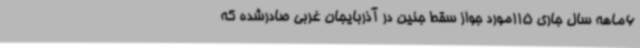
6ماهه سال جاری 115مورد جواز سقط جنین در آذربایجان غربی صادرشده که